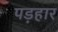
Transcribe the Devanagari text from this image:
पड़हार